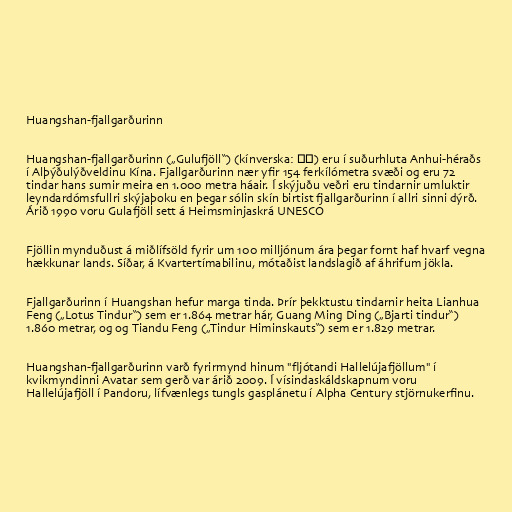
Huangshan-fjallgarðurinn

Huangshan-fjallgarðurinn („Gulufjöll“) (kínverska: 黄山) eru í suðurhluta Anhui-héraðs
í Alþýðulýðveldinu Kína. Fjallgarðurinn nær yfir 154 ferkílómetra svæði og eru 72
tindar hans sumir meira en 1.000 metra háair. Í skýjuðu veðri eru tindarnir umluktir
leyndardómsfullri skýjaþoku en þegar sólin skín birtist fjallgarðurinn í allri sinni dýrð.
Árið 1990 voru Gulafjöll sett á Heimsminjaskrá UNESCO

Fjöllin mynduðust á miðlífsöld fyrir um 100 milljónum ára þegar fornt haf hvarf vegna
hækkunar lands. Síðar, á Kvartertímabilinu, mótaðist landslagið af áhrifum jökla.

Fjallgarðurinn í Huangshan hefur marga tinda. Þrír þekktustu tindarnir heita Lianhua
Feng („Lotus Tindur“) sem er 1.864 metrar hár, Guang Ming Ding („Bjarti tindur“)
1.860 metrar, og og Tiandu Feng („Tindur Himinskauts“) sem er 1.829 metrar.

Huangshan-fjallgarðurinn varð fyrirmynd hinum "fljótandi Hallelújafjöllum" í
kvikmyndinni Avatar sem gerð var árið 2009. Í vísindaskáldskapnum voru
Hallelújafjöll í Pandoru, lífvænlegs tungls gasplánetu í Alpha Century stjörnukerfinu.